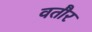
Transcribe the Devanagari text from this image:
वतौर